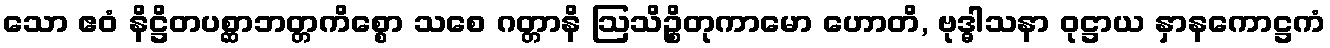
သော ဧဝံ နိဋ္ဌိတပစ္ဆာဘတ္တကိစ္စော သစေ ဂတ္တာနိ ဩသိဉ္စိတုကာမော ဟောတိ, ဗုဒ္ဓါသနာ ဝုဋ္ဌာယ နှာနကောဋ္ဌကံ